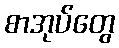
စာအုပ်တွေ